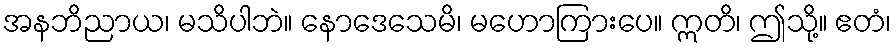
အနဘိညာယ၊ မသိပါဘဲ။ နောဒေသေမိ၊ မဟောကြားပေ။ ဣတိ၊ ဤသို့။ ဧတံ၊